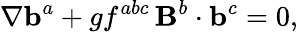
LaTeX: \nabla{\mathbf b}^{a}+gf^{abc}\, {\mathbf B}^{b}\cdot{\mathbf b}^{c}=0,